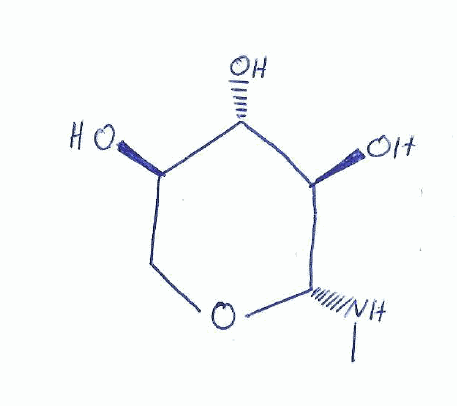
Simplified molecular-input line-entry system (SMILES) notation of the given molecule:
CN[C@H]1[C@@H]([C@H]([C@@H](CO1)O)O)O